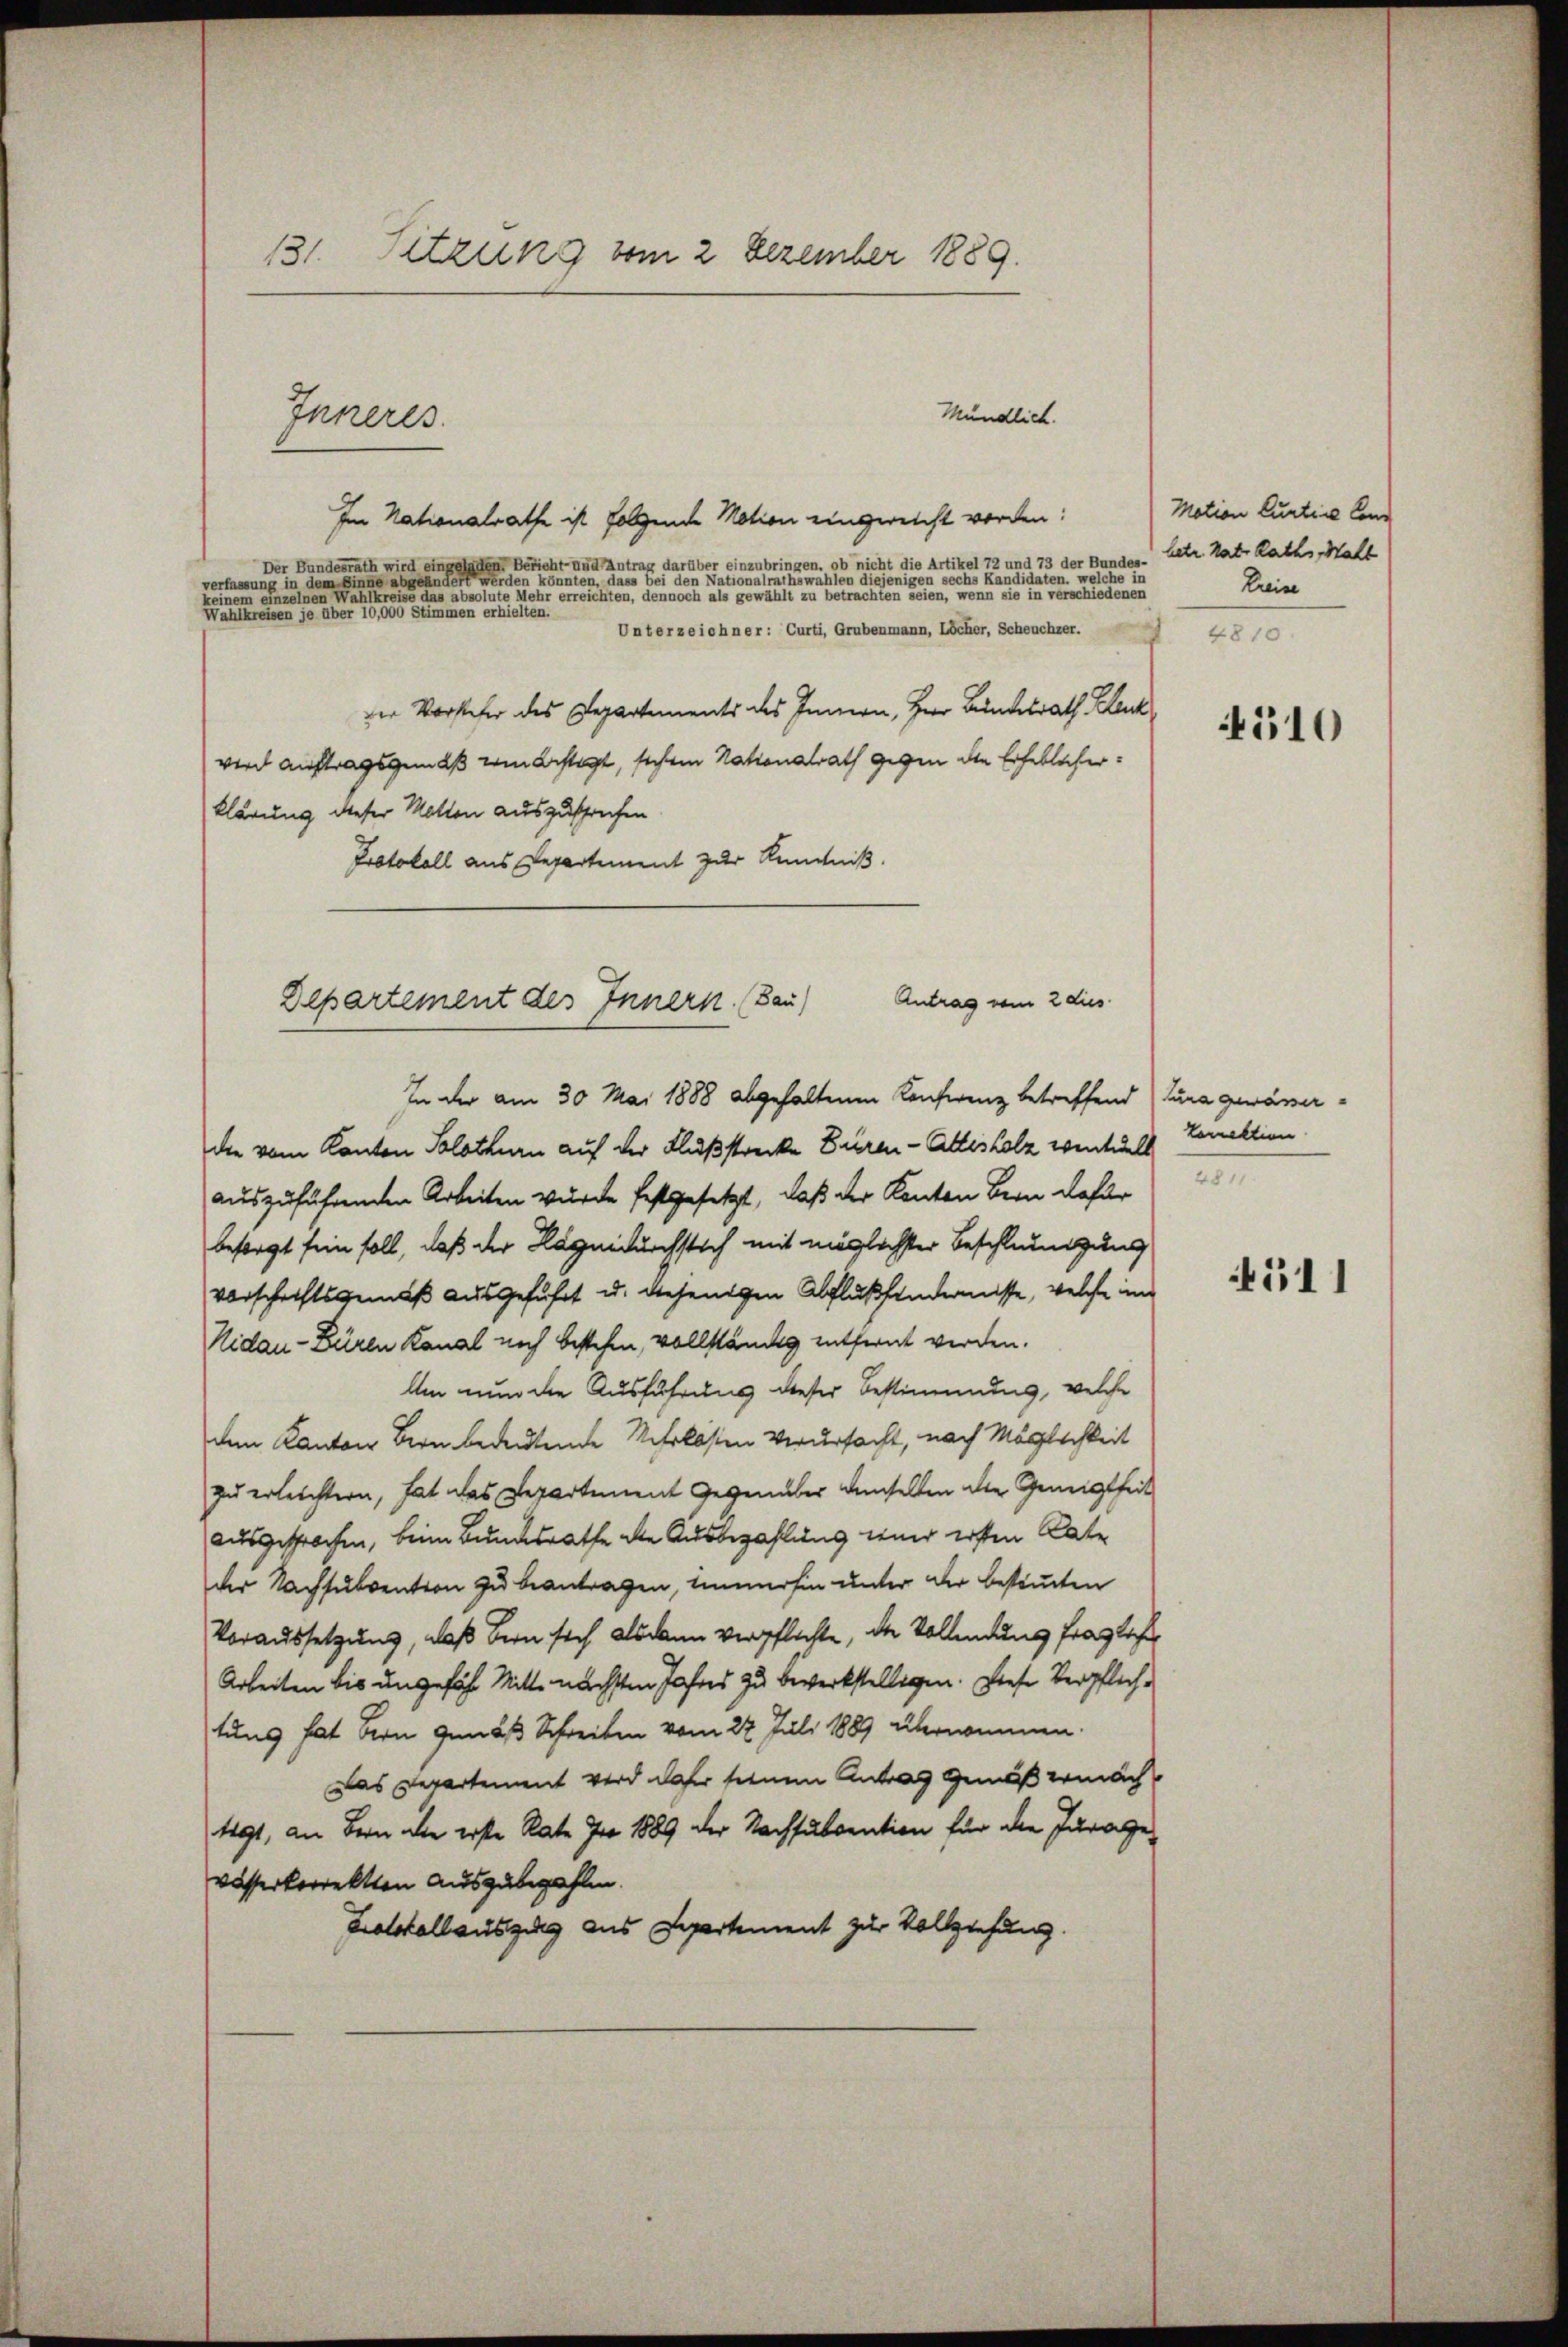
131. Sitzung vom 2 Dezember 1889.

Mündlich.
Im Nationalrathe ist folgende Motion eingereicht worden:
Der Bundesrath wird eingeladen Bericht- und Antrag darüber einzubringen, ob nicht die Artikel 72 und 73 der Bundes-
verfassung in dem Sinne abgeändert werden könnten, dass bei den Nationalrathswahlen diejenigen sechs Kandidaten, welche in
keinem einzelnen Wahlkreise das absolute Mehr erreichten, dennoch als gewählt zu betrachten seien, wenn sie in verschiedenen
Wahlkreisen je über 10,000 Stimmen erhielten.
Unterzeichner: Curti, Grubenmann, Löcher, Scheuchzer.
der Vorsteher des Departements des Innern, Herr Bundesrath Blech
wird auftragsgemäß vom Bestigt, sichen Natonalrath gegen die Erheblicherklärung dieser Motton auszuschrechen.
Protokoll aus Departement zur Kenntniß.
In der am 30. Mai 1888 abgehaltenen Konferenz betreffend Jura gewässerdie vom Kanton Solothurn auf der Flußstrecke Büren-Attesholz wentuell
auszuführenden Arbeiten wurde festgesetzt, daß der Kanton Bern dafür
besorgt sein soll, daß der Lage durchstich mit möglichster Beschlummgung
vorschaftsgemäß ausgeführt u. diejenigen Abflußhandernisse, welche im
Nidau-Büren Kanal noch bestehen, vollständig entfernt werden.
Um nun die Ausführung dieser Bestimmung, welche
dem Kanton Bern bedeutende Mehrkosten Verursacht, nach Möglichkeit
zu erleichtern, hat das Departement Gegenüber demselben die Geneigtheit
ausgesprochen, beim Bundesrathe die Ausbezahlung wird ersten Kate
der Nachsubvention zu beantragen, immerhin unter der bestimmten
Voraussetzung, daß Bern sich alsdann verpflichte, der Vollendung fragliche
Arbeiten bis ungefähr Mitte nächsten Jahres zu bewerkstelligen. Diese Verpflichtung hat bern gemäß Schreiben vom 22 Juli 1889 übernommen.
Das Departement wird daher seinem Antrag gemäß ermäch¬
191, an Bern die erste Rate pro 1889 der Nachsubvention für die Juragewasserkorrektten Auszubezahlen.
Kalokallauszug aus Departement zur Vollziehung.

Inneres.

Antrag vom 2 dies
Departement des Innern. (Bau)

Motion Curtiae Con
hetr. Nat. Raths Hall
Preise
4810.

4510

konektion
4811.

4511